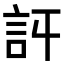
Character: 𧥪